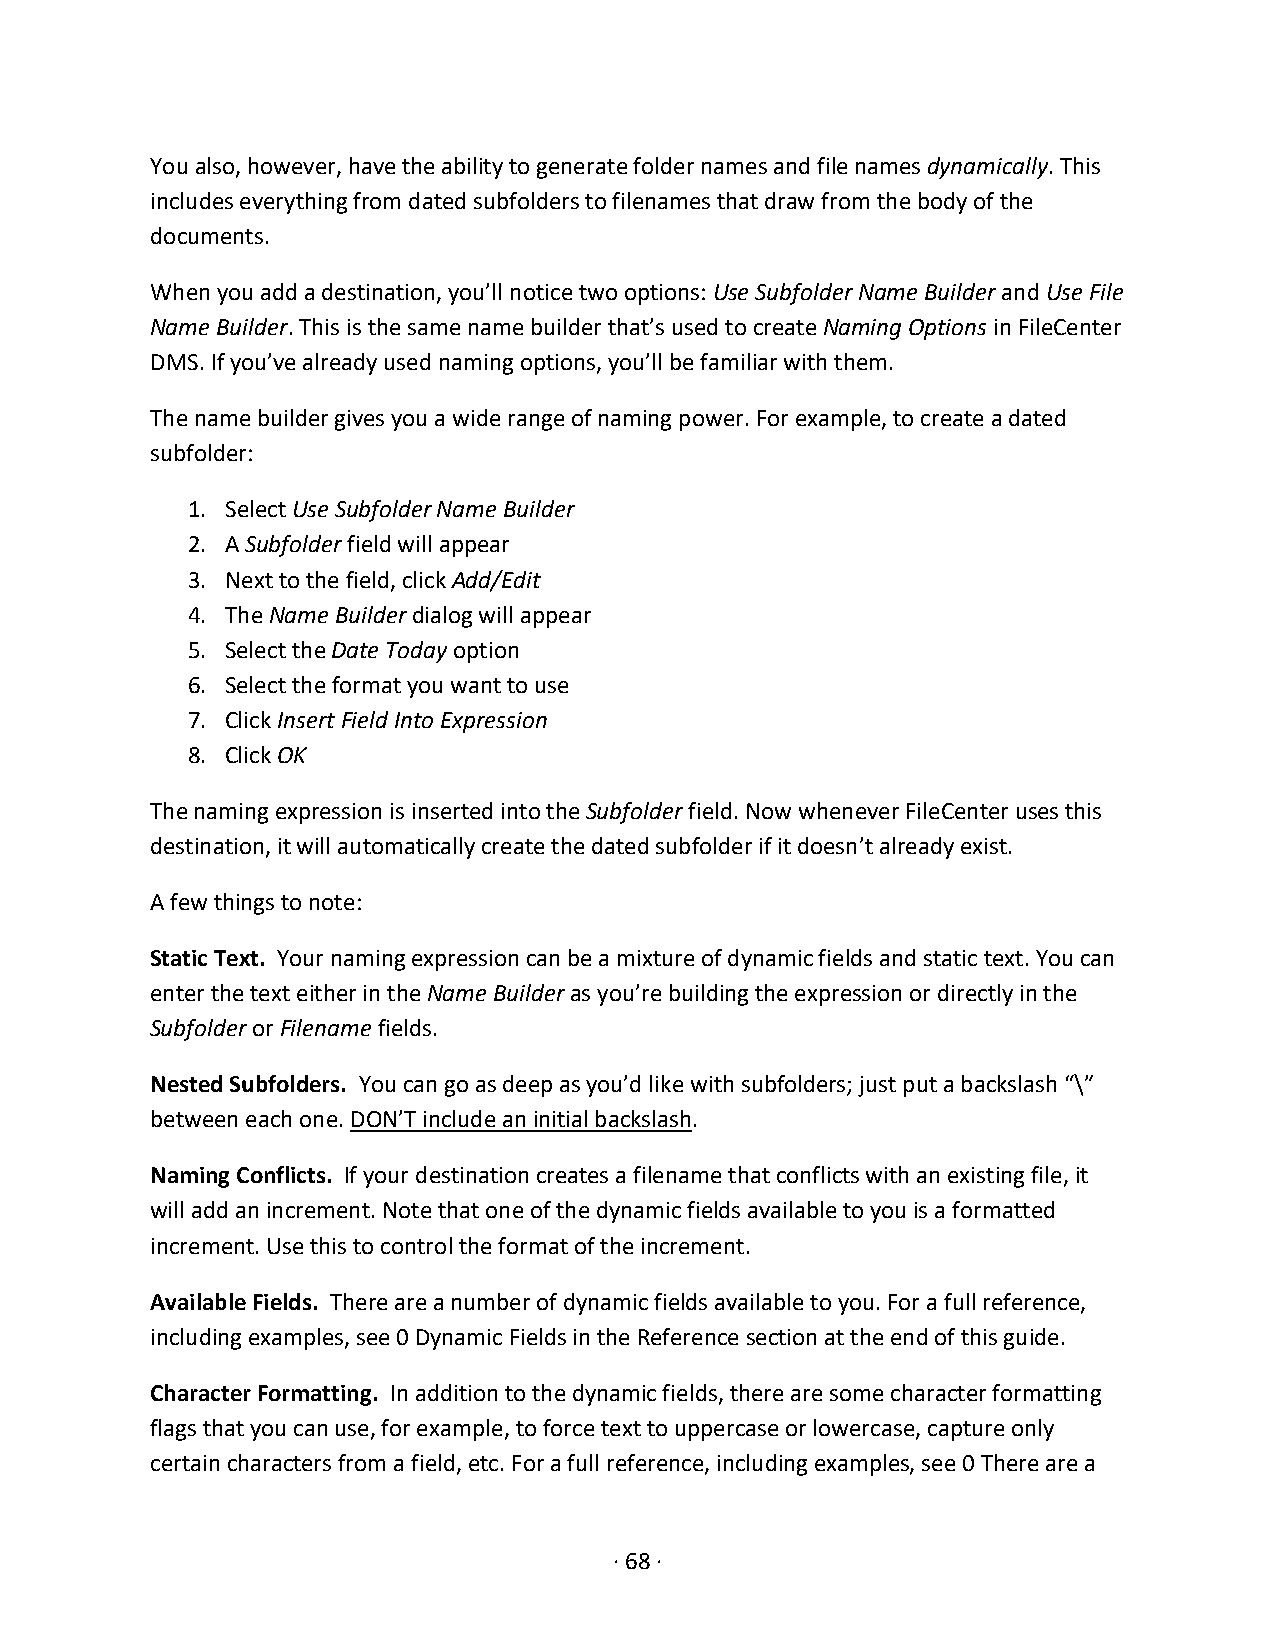
You also, however, have the ability to generate folder names and file names dynamically. This
 includes everything from dated subfolders to filenames that draw from the body of the
 documents.
 When you add a destination, you’ll notice two options: Use Subfolder Name Builder and Use File
 Name Builder. This is the same name builder that’s used to create Naming Options in FileCenter
 DMS. If you’ve already used naming options, you’ll be familiar with them.
 The name builder gives you a wide range of naming power. For example, to create a dated
 subfolder:
 1. Select Use Subfolder Name Builder
 2. A Subfolder field will appear
 3. Next to the field, click Add/Edit
 4. The Name Builder dialog will appear
 5. Select the Date Today option
 6. Select the format you want to use
 7. Click Insert Field Into Expression
 8. Click OK
 The naming expression is inserted into the Subfolder field. Now whenever FileCenter uses this
 destination, it will automatically create the dated subfolder if it doesn’t already exist.
 A few things to note:
 Static Text. Your naming expression can be a mixture of dynamic fields and static text. You can
 enter the text either in the Name Builder as you’re building the expression or directly in the
 Subfolder or Filename fields.
 Nested Subfolders. You can go as deep as you’d like with subfolders; just put a backslash “\”
 between each one. DON’T include an initial backslash.
 Naming Conflicts. If your destination creates a filename that conflicts with an existing file, it
 will add an increment. Note that one of the dynamic fields available to you is a formatted
 increment. Use this to control the format of the increment.
 Available Fields. There are a number of dynamic fields available to you. For a full reference,
 including examples, see 0 Dynamic Fields in the Reference section at the end of this guide.
 Character Formatting. In addition to the dynamic fields, there are some character formatting
 flags that you can use, for example, to force text to uppercase or lowercase, capture only
 certain characters from a field, etc. For a full reference, including examples, see 0 There are a
 · 68 ·